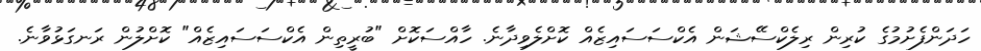
ހަދަންފެށުމުގެ ކުރިން ރިލެކްސޭޝަން އެކްސަސައިޒެއް ކޮށްލެވިދާނެ. ހާއްސަކޮށް "ބުރީތިން އެކްސަސައިޒެއް" ކޮށްލުން ރަނގަޅުވާނެ.